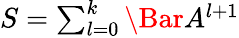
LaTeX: \begin{array}{r}{S=\sum_{l=0}^{k}\Bar{A}^{l+1}}\end{array}